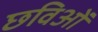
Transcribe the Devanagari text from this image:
छविओं